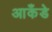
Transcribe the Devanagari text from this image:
आकँडे